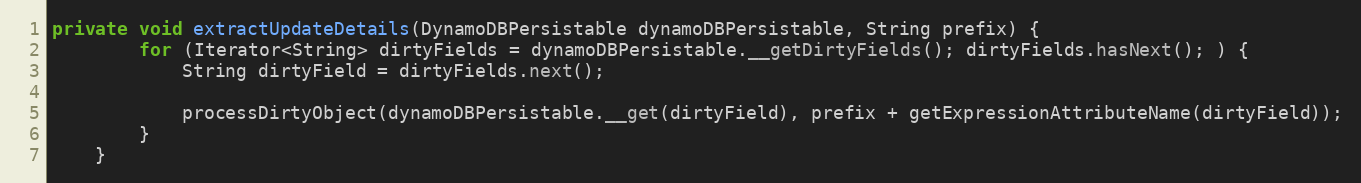
Language: Java
private void extractUpdateDetails(DynamoDBPersistable dynamoDBPersistable, String prefix) {
        for (Iterator<String> dirtyFields = dynamoDBPersistable.__getDirtyFields(); dirtyFields.hasNext(); ) {
            String dirtyField = dirtyFields.next();

            processDirtyObject(dynamoDBPersistable.__get(dirtyField), prefix + getExpressionAttributeName(dirtyField));
        }
    }